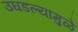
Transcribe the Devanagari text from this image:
उघडल्यामुळे